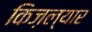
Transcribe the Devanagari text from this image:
किज़ल्यार